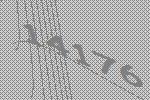
14176